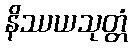
နိဿယသုတ္တံ